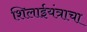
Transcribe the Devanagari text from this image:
शिलाईयंत्राचा